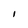
Character: I